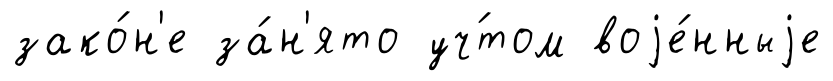
зако́н'е за́н'ято уч́том воjе́нныjе